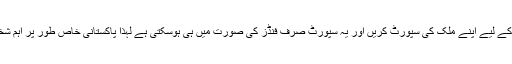
عامر خان نے دنیا بھر میں بسنے والے پاکستانیوں سے اپیل کی کہ اس اہم مقصد کے لیے اپنے ملک کی سپورٹ کریں اور یہ سپورٹ صرف فنڈز کی صورت میں ہی ہوسکتی ہے لہذا پاکستانی خاص طور پر اہم شخصیات اس میں اپنا حصہ ڈالیں تاکہ اس مسئلے سے چھٹکارا حاصل کیا جا سکے۔